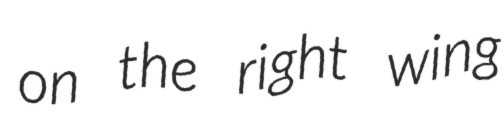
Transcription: on the right wing